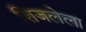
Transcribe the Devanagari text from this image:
शिजलेला